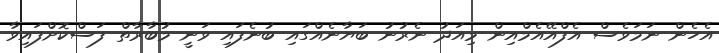
އެހެން ނަމަވެސް އެފްއޭއެމްއިން މިއަދު ނެރުނު ބަޔާނެއްގައި ބުނެފައި ވަނީ މުބާރާތް ފަސްކޮށްފައިވާ